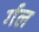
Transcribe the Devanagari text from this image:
र्गल